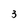
Character: 3